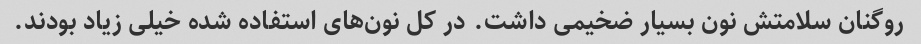
روگنان سلامتش نون بسیار ضخیمی داشت. در کل نون‌های استفاده شده خیلی زیاد بودند.